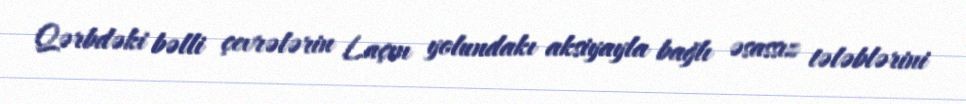
Qərbdəki bəlli çevrələrin Laçın yolundakı aksiyayla bağlı əsassız tələblərini